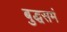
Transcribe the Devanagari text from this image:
बुद्धसमं